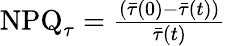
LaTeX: \begin{array}{r}{\mathrm{NPQ}_{\tau}=\frac{(\bar{\tau}(0)-\bar{\tau}(t))}{\bar{\tau}(t)}}\end{array}